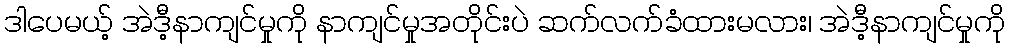
ဒါပေမယ့် အဲဒီ့နာကျင်မှုကို နာကျင်မှုအတိုင်းပဲ ဆက်လက်ခံထားမလား၊ အဲဒီ့နာကျင်မှုကို